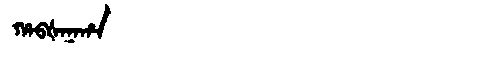
Manchu: ᡥᠠᠪᡧᠠᠨᠠᡥᠠ
Romanization: HABŠANAHA